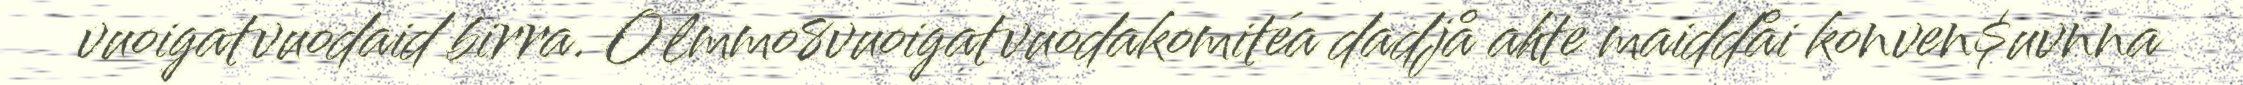
vuoigatvuodaid birra. Olmmo8vuoigatvuodakomitéa dadjå ahte maiddåi konven$uvnna